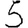
Digit: 5